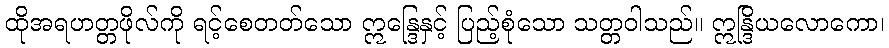
ထိုအရဟတ္တဖိုလ်ကို ရင့်စေတတ်သော ဣန္ဒြေနှင့် ပြည့်စုံသော သတ္တဝါသည်။ ဣန္ဒြိယလောကော၊